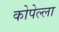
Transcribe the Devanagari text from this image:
कोपेल्ला